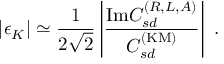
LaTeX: \left\vert \epsilon _ { K } \right\vert \simeq \frac { 1 } { 2 \sqrt { 2 } } \left\vert \frac { \mathrm { I m } C _ { s d } ^ { ( R , L , A ) } } { C _ { s d } ^ { \mathrm { ( K M ) } } } \right\vert \ .